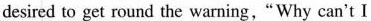
desired to get round the warning,"Why can't l